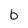
Character: b